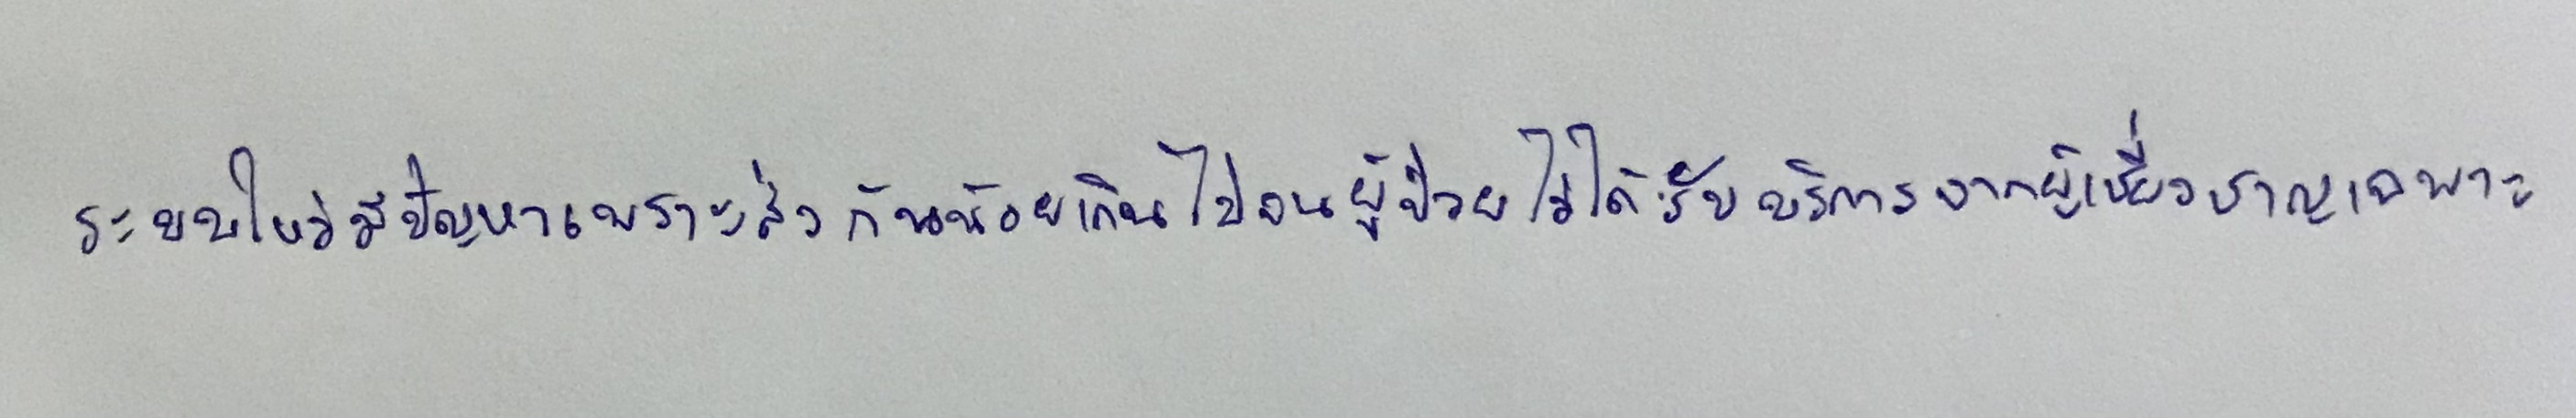
ระบบใหม่มีปัญหาเพราะส่งกันน้อยเกินไปจนผู้ป่วยไม่ได้รับบริการจากผู้เชี่ยวชาญเฉพาะ